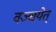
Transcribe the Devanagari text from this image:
वञ्चयेत्